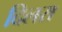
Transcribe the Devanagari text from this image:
दिलरा